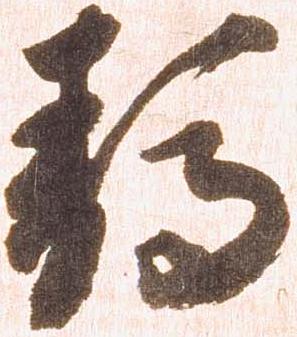
静